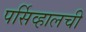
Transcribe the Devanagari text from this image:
पर्सिव्हालची